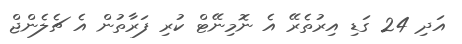
އަދި 24 ގަޑި އިރުތެރޭ އެ ނޮމިނޭޓް ކުރި ފަރާތުން އެ ޗެލެންޖް